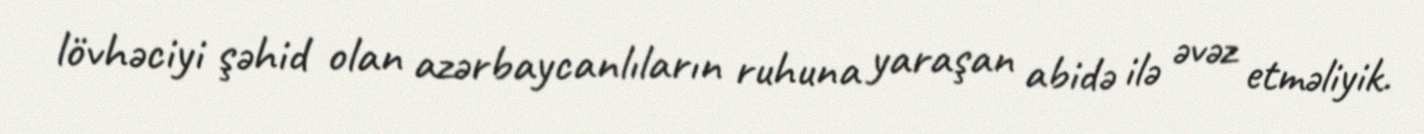
lövhəciyi şəhid olan azərbaycanlıların ruhuna yaraşan abidə ilə əvəz etməliyik.